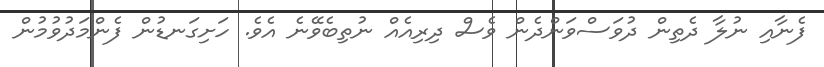
ފެނާއި ނުލާ ދެތިން ދުވަސްވަންދެން ވެސް ދިރިއެއް ނުތިބެވޭނެ އެވެ. ހަށިގަނޑުން ފެންމަދުވުމުން